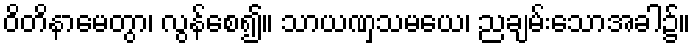
ဝိတိနာမေတွာ၊ လွန်စေ၍။ သာယဏှသမယေ၊ ညချမ်းသောအခါ၌။